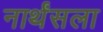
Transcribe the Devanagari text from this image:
नार्थंसला